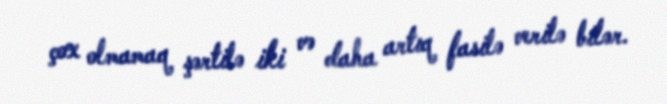
çox olmamaq şərtilə iki və daha artıq fasilə verilə bilər.